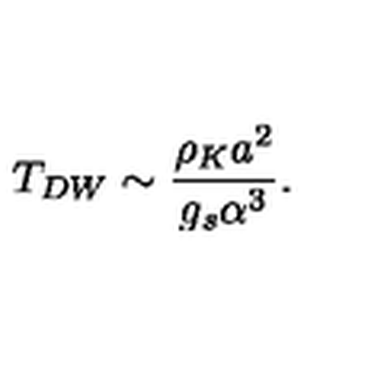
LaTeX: T _ { D W } \sim \frac { \rho _ { K } a ^ { 2 } } { g _ { s } \alpha ^ { 3 } } .